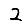
Digit: 2